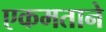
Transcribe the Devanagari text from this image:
एकमताने